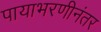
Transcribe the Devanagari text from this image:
पायाभरणीनंतर